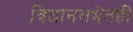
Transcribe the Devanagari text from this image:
विधानसभेतही